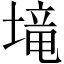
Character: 𡏡